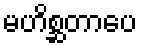
မဟိစ္ဆတာပေ